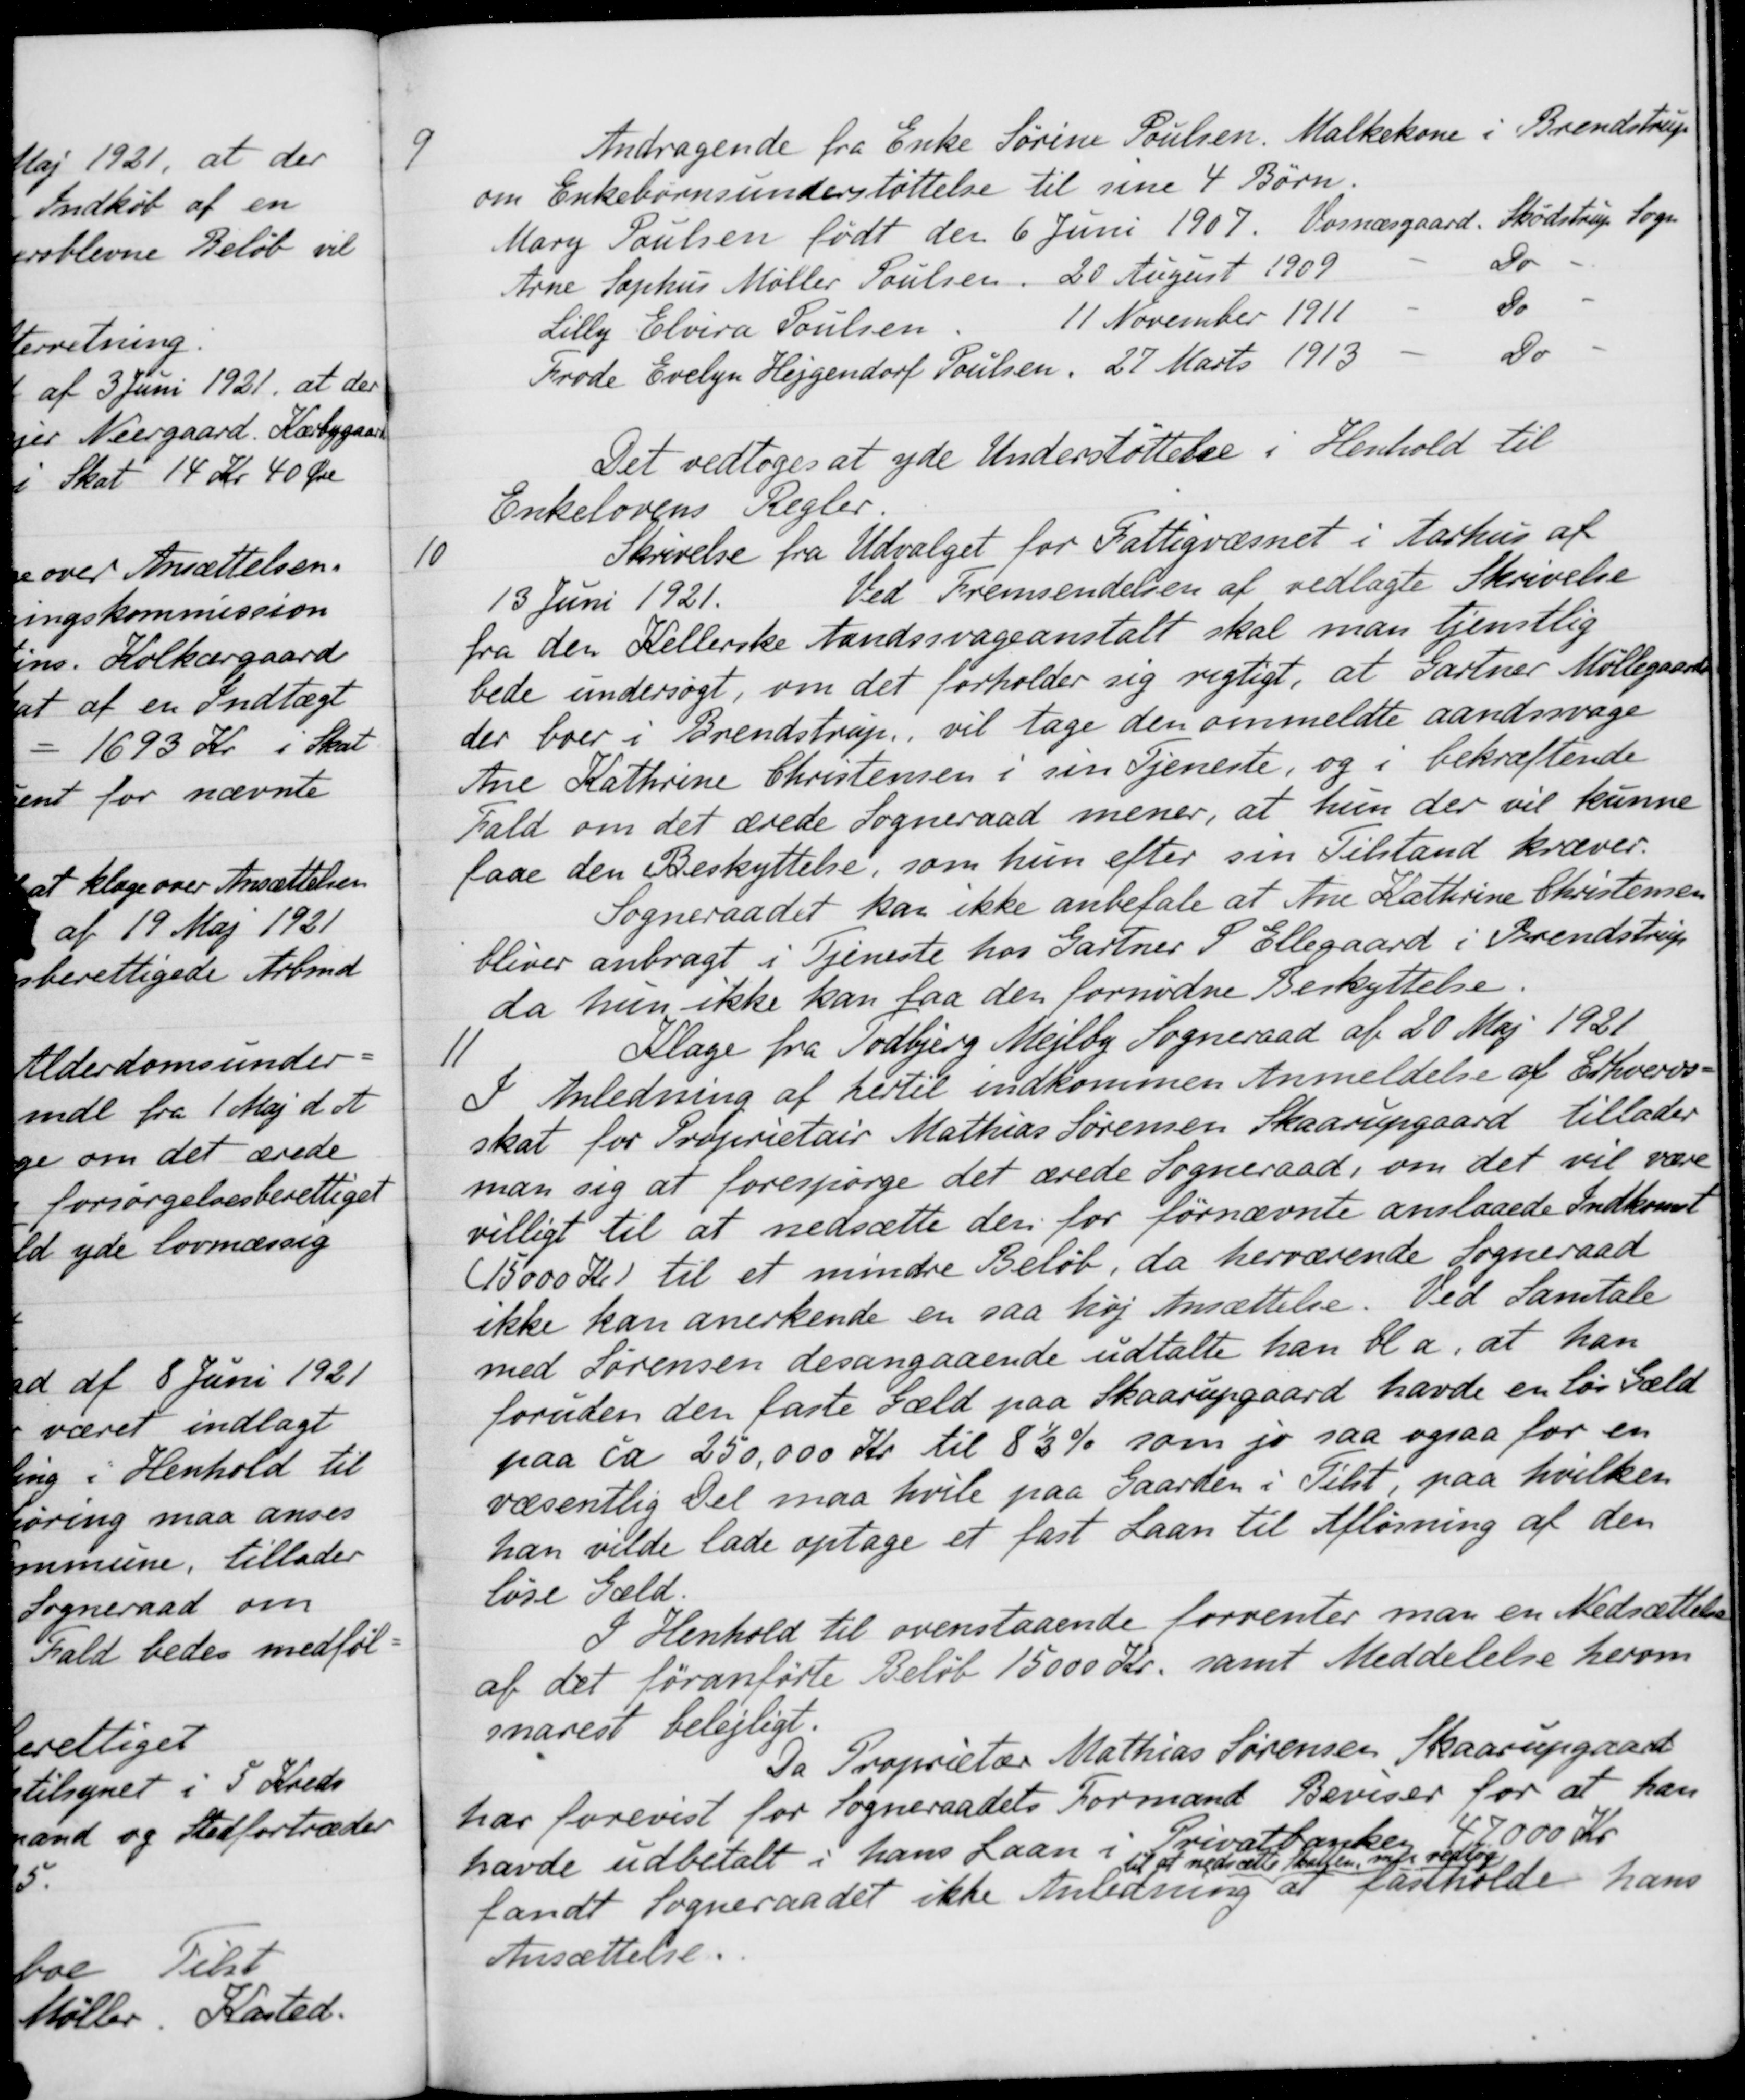
Transskription:
9
Andragende fra Enke Sørine Poulsen. Malkekone i Brendstrup
om Enkebørnsunderstøttelse til sine 4 Børn
Mary Poulsen født den 6 Juni 1907.
Vornæsgaard. Skødstrup Sogn
Arne Sophus Møller Poulsen
20 August 1909
Do
Lilly Elvira Poulsen
11 November 1911
Do
Frode Evelyn Hejgendorf Poulsen
27 Marts 1913
Do
Det vedtoges at yde Understøttelse i Henhold til
Enkelovens Regler
10
Skrivelse fra Udvalget for Fattigvæsnet i Aarhus af
13 Juni 1921.
Ved Fremsendelsen af vedlagte Skrivelse
fra den Kellerske Aandssvageanstalt skal man tjenstlig
bede undersøgt, om det forholder sig rigtigt, at Gartner Møllegaard,
der boer i Brendstrup, vil tage den ommeldte aandssvage
Ane Kathrine Christensen i sin Tjeneste, og i bekræftende
Fald om det ærede Sogneraad mener, at hun der vil kunne
faae den Beskyttelse, som hun efter sin Tilstand kræver.
Sogneraadet kan ikke anbefale at Ane Kathrine Christensen
bliver anbragt i Tjeneste hos Gartner P. Ellegaard i Brendstrup
da hun ikke kan faa den fornødne Beskyttelse.
11.
Klage fra Todbjerg Mejlby Sogneraad af 20 Maj 1921
I Anledning af hertil indkommen Anmeldelse af Erhvervs-
skat for Proprietair Mathias Sørensen Skaarupgaard tillader
man sig at forespørge det ærede Sogneraad, om det vil være
villigt til at nedsætte den for førnævnte anslaaede Indkomst
(15000 Kr) til et mindre Beløb, da herværende Sogneraad
ikke kan anerkende en saa høj Ansættelse. Ved Samtale
med Sørensen desangaaende udtalte han bla, at han
foruden den faste Gæld paa Skaarupgaard havde en løs Gæld
paa ca 250.000 Kr til 8½ % som jo saa ogsaa for en
væsentlig Del maa hvile paa Gaarden i Tilst, paa hvilken
han vilde lade optage et fast Laan til Afløsning af den
løse Gæld.
I Henhold til ovenstaaende forventer man en Nedsættelse
af det foranførte Beløb 15000 Kr. samt Meddelelse herom
snarest belejligt.
Da Proprietær Mathias Sørensen Skaarupgaard
har forevist for Sogneraadets Formand Beviser for at han
havde udbetalt i hans Laan i Privatbanken 47.000 Kr
fandt Sogneraadet ikke Anledning
til at nedsætte Skatten, men vedtog
af fastholde hans
Ansættelse.